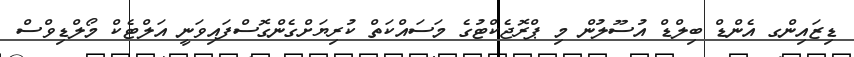
ޑިޒައިންގ އެންޑް ބިލްޑް އުސޫލުން މި ޕްރޮޖެކްޓުގެ މަސައްކަތް ކުރިޔަށްގެންގޮސްފައިވަނީ އަލްޓެކް މޯލްޑިވްސް